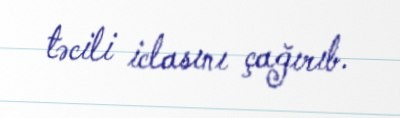
təcili iclasını çağırıb.